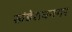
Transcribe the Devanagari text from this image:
खंडेरावनगर